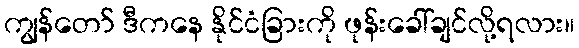
ကျွန်တော် ဒီကနေ နိုင်ငံခြားကို ဖုန်းခေါ်ချင်လို့ရလား။